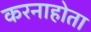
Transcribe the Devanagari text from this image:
करनाहोता